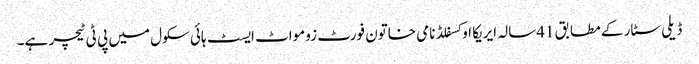
ڈیلی سٹار کے مطابق 41سالہ ایریکا اوکسفلڈ نامی خاتون فورٹ زومواٹ ایسٹ ہائی سکول میں پی ٹی ٹیچر ہے۔